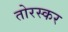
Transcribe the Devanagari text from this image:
तोरस्कर